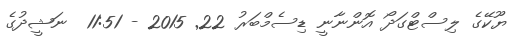
ޔޫކޭގެ ލިސްޓްގަދޯ އޮންނާނީ ޑިސެމްބަރު 22